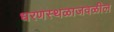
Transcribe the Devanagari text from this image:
धरणस्थळाजवळील